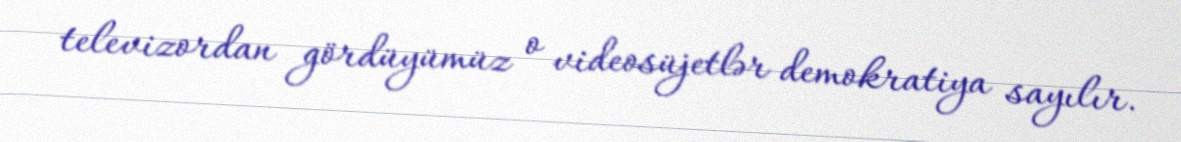
televizordan gördüyümüz o videosüjetlər demokratiya sayılır.